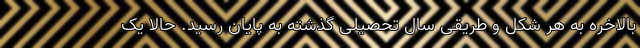
بالاخره به هر شکل و طریقی سال تحصیلی گذشته به پایان رسید. حالا یک